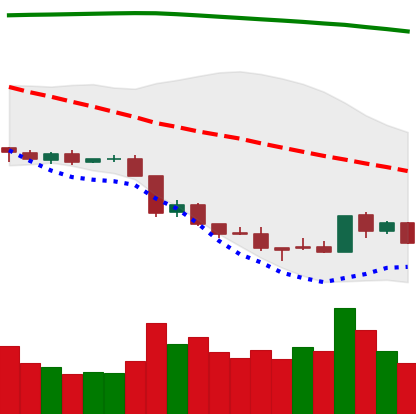
Ticker: EOS-USD
Chart end date: 2018-08-20
Forward return: 6.018%
Label: up_5_7